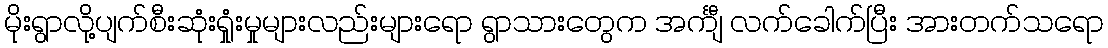
မိုးရွာလို့ပျက်စီးဆုံးရှုံးမှုများလည်းများရော ရွာသားတွေက အင်္ကျီ လက်ခေါက်ပြီး အားတက်သရော